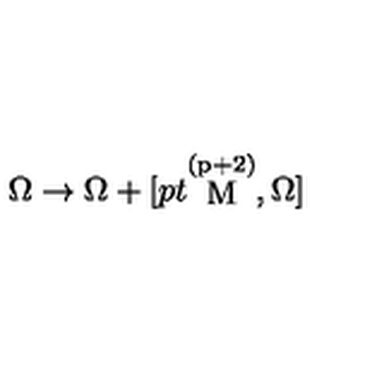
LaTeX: \Omega \rightarrow \Omega + [ { \raise 0 p t \mathrm { \stackrel { ( p + 2 ) } { M } } } , \Omega ]